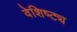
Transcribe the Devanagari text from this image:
वेशिष्ट्य